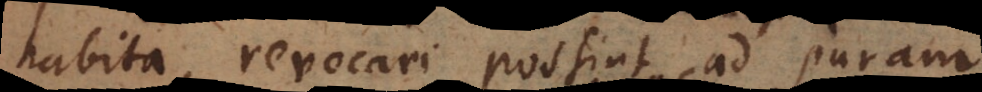
habita, revocari possint ad puram